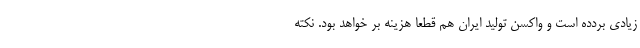
زیادی بردده است و واکسن تولید ایران هم قطعا هزینه بر خواهد بود. نکته